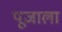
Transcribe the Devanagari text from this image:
पूजाला